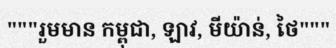
"""រួមមាន កម្ពុជា, ឡាវ, មីយ៉ាន់, ថៃ"""